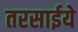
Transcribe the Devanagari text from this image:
तरसाईये